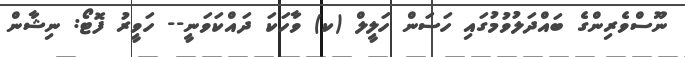
ނޫސްވެރިންގެ ބައްދަލުވުމުގައި ހަސަން ހަލީލް (ކ) ވާހަކަ ދައްކަވަނީ-- ހަވީރު ފޮޓޯ: ނިޝާން